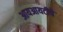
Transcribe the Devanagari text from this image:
आयआयटीचे